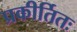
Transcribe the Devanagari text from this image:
प्रकीर्तितः